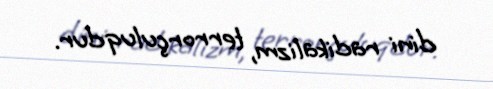
dini radikalizm, terrorçuluqdur.